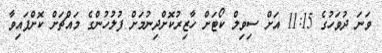
ވަނަ ދުވަހުގެ 11:15 އަށް ސިވިލް ކޯޓަށް ހާޒިރުކޮށްދިނުމަށް ފުލުހުންގެ މައްޗަށް ކޮށްފައިވާ